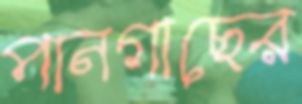
পানগাছের